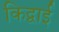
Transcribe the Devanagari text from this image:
किद्वाई